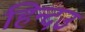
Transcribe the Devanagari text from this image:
हिन्दउ